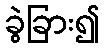
ခွဲခြား၍